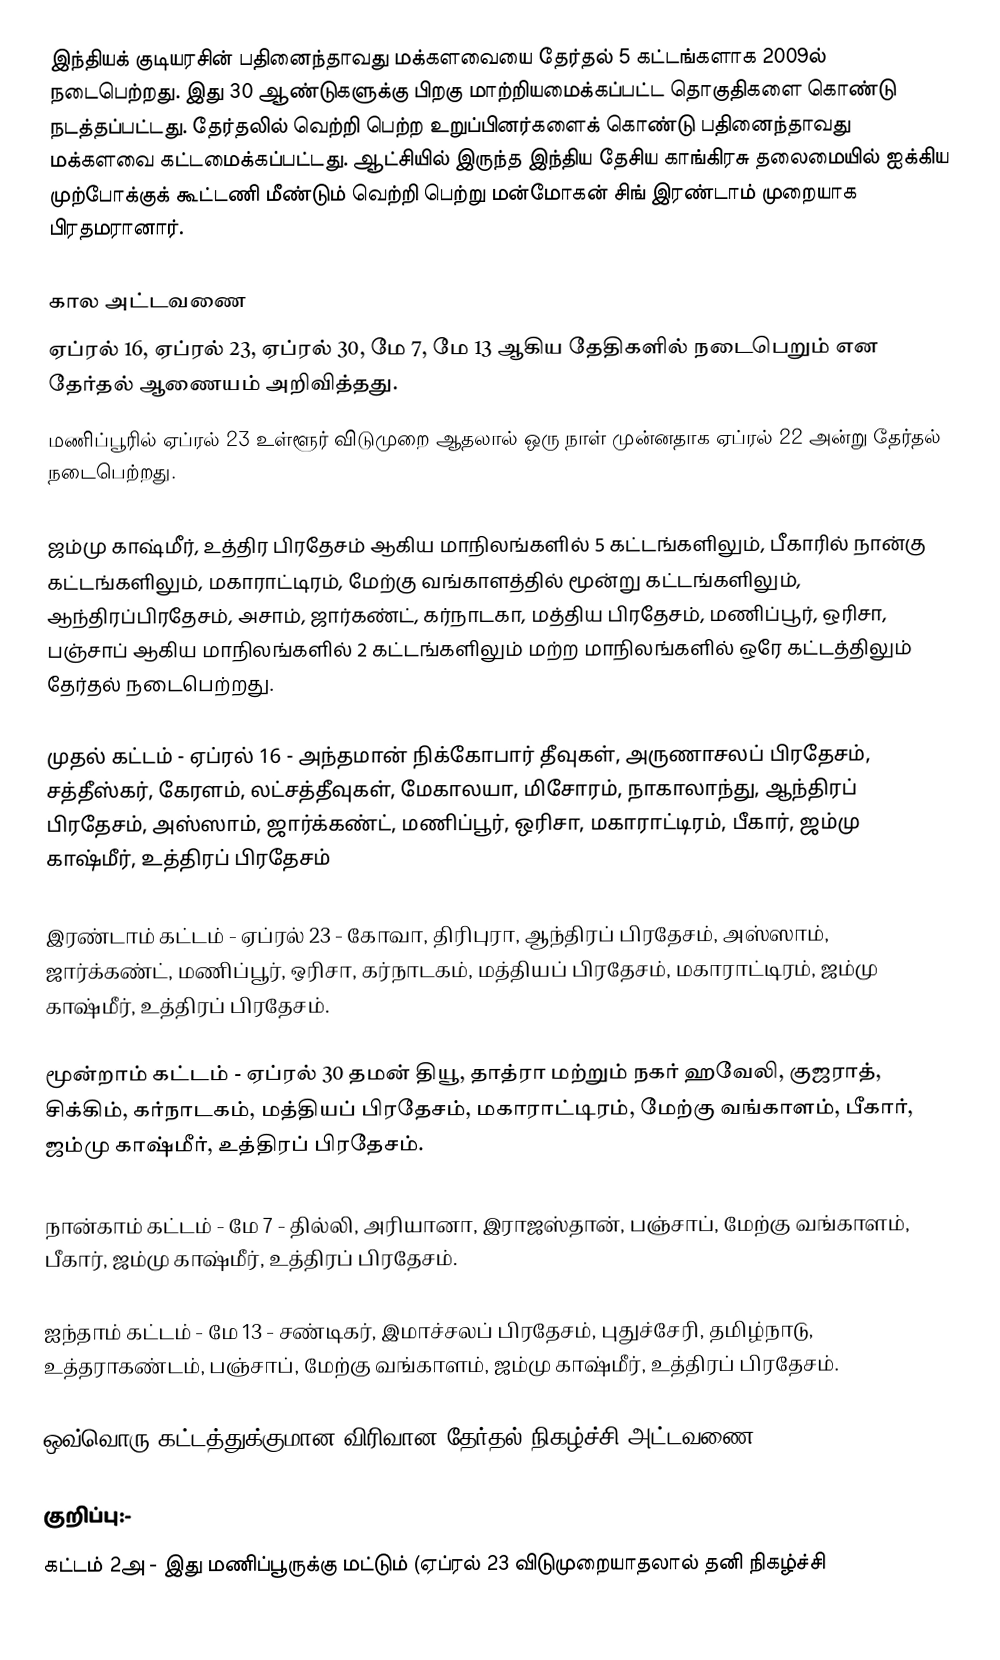
இந்தியக் குடியரசின் பதினைந்தாவது மக்களவையை தேர்தல் 5 கட்டங்களாக 2009ல் நடைபெற்றது. இது 30 ஆண்டுகளுக்கு பிறகு மாற்றியமைக்கப்பட்ட தொகுதிகளை கொண்டு நடத்தப்பட்டது. தேர்தலில் வெற்றி பெற்ற உறுப்பினர்களைக் கொண்டு பதினைந்தாவது மக்களவை கட்டமைக்கப்பட்டது. ஆட்சியில் இருந்த இந்திய தேசிய காங்கிரசு தலைமையில் ஐக்கிய முற்போக்குக் கூட்டணி மீண்டும் வெற்றி பெற்று மன்மோகன் சிங் இரண்டாம் முறையாக பிரதமரானார்.

கால அட்டவணை
ஏப்ரல் 16, ஏப்ரல் 23, ஏப்ரல் 30, மே 7, மே 13 ஆகிய தேதிகளில் நடைபெறும் என தேர்தல் ஆணையம் அறிவித்தது.
மணிப்பூரில் ஏப்ரல் 23 உள்ளூர் விடுமுறை ஆதலால் ஒரு நாள் முன்னதாக ஏப்ரல் 22 அன்று தேர்தல் நடைபெற்றது.

ஜம்மு காஷ்மீர், உத்திர பிரதேசம் ஆகிய மாநிலங்களில் 5 கட்டங்களிலும், பீகாரில் நான்கு கட்டங்களிலும், மகாராட்டிரம், மேற்கு வங்காளத்தில் மூன்று கட்டங்களிலும், ஆந்திரப்பிரதேசம், அசாம், ஜார்கண்ட், கர்நாடகா, மத்திய பிரதேசம், மணிப்பூர், ஒரிசா, பஞ்சாப் ஆகிய மாநிலங்களில் 2 கட்டங்களிலும் மற்ற மாநிலங்களில் ஒரே கட்டத்திலும் தேர்தல் நடைபெற்றது.

முதல் கட்டம் - ஏப்ரல் 16 - அந்தமான் நிக்கோபார் தீவுகள், அருணாசலப் பிரதேசம், சத்தீஸ்கர், கேரளம், லட்சத்தீவுகள், மேகாலயா, மிசோரம், நாகாலாந்து, ஆந்திரப் பிரதேசம், அஸ்ஸாம், ஜார்க்கண்ட், மணிப்பூர், ஒரிசா, மகாராட்டிரம், பீகார், ஜம்மு காஷ்மீர், உத்திரப் பிரதேசம்

இரண்டாம் கட்டம் - ஏப்ரல் 23 - கோவா, திரிபுரா, ஆந்திரப் பிரதேசம், அஸ்ஸாம், ஜார்க்கண்ட், மணிப்பூர், ஒரிசா, கர்நாடகம், மத்தியப் பிரதேசம், மகாராட்டிரம், ஜம்மு காஷ்மீர், உத்திரப் பிரதேசம்.

மூன்றாம் கட்டம் - ஏப்ரல் 30 தமன் தியூ, தாத்ரா மற்றும் நகர் ஹவேலி, குஜராத், சிக்கிம், கர்நாடகம், மத்தியப் பிரதேசம், மகாராட்டிரம், மேற்கு வங்காளம், பீகார், ஜம்மு காஷ்மீர், உத்திரப் பிரதேசம்.

நான்காம் கட்டம் - மே 7 - தில்லி, அரியானா, இராஜஸ்தான், பஞ்சாப், மேற்கு வங்காளம், பீகார், ஜம்மு காஷ்மீர், உத்திரப் பிரதேசம்.

ஐந்தாம் கட்டம் - மே 13 - சண்டிகர், இமாச்சலப் பிரதேசம், புதுச்சேரி, தமிழ்நாடு, உத்தராகண்டம், பஞ்சாப், மேற்கு வங்காளம், ஜம்மு காஷ்மீர், உத்திரப் பிரதேசம்.

ஒவ்வொரு கட்டத்துக்குமான விரிவான தேர்தல் நிகழ்ச்சி அட்டவணை

குறிப்பு:-
 கட்டம் 2அ - இது மணிப்பூருக்கு மட்டும் (ஏப்ரல் 23 விடுமுறையாதலால் தனி நிகழ்ச்சி